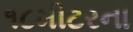
૧૮મીટરના